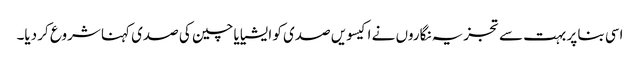
اسی بنا پر بہت سے تجزیہ نگاروں نے اکیسویں صدی کو ایشیا یا چین کی صدی کہنا شروع کر دیا۔